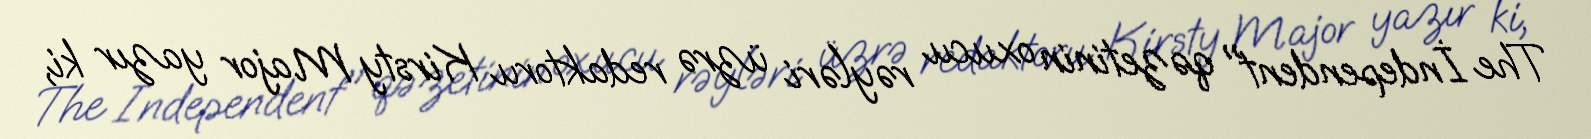
The İndependent" qəzetinin oxucu rəyləri üzrə redaktoru Kirsty Major yazır ki,